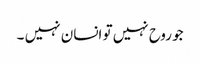
جو روح نہیں تو انسان نہیں ۔